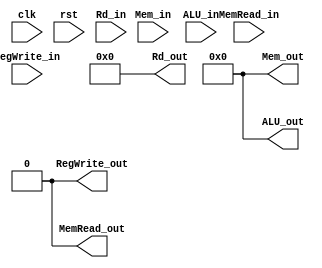
module MEMWBReg (
    input       clk,    // Clock
    // input clk_en,    // Clock Enable
    input       rst,    // Asynchronous reset
    // WB signal
    input       RegWrite_in,
    input       MemRead_in,
    // data
    input[31:0] Mem_in,
    input[31:0] ALU_in,
    input[4:0]  Rd_in,

    // WB signal
    output      RegWrite_out,
    output      MemRead_out,
    // data
    output[31:0]Mem_out,
    output[31:0]ALU_out,
    output[4:0] Rd_out
);

// 71 bit
reg[70:0] StageReg;
assign {
    RegWrite_out        ,
    MemRead_out         ,
    Mem_out       [31:0],
    ALU_out       [31:0],
    Rd_out        [4:0]
} = StageReg;

always @(posedge rst) begin
    StageReg <= 71'b0;
end

initial begin
    StageReg <= 71'b0;
end

always @(posedge clk) begin
    StageReg <= {
        RegWrite_in        ,
        MemRead_in         ,
        Mem_in       [31:0],
        ALU_in       [31:0],
        Rd_in        [4:0]
    };
end



endmodule